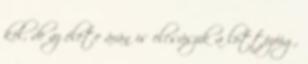
kel, de az élete árán is elcsúszik a lottózóig.